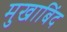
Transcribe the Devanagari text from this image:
मुखाबिंद